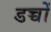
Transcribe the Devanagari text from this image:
डच्चों